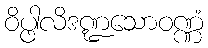
ဝိပ္ဖါလိဒဏ္ဍသောဝဏ္ဏံ